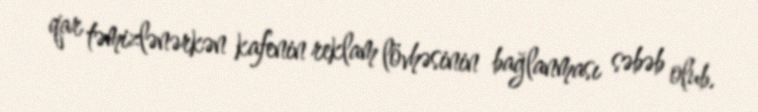
qar təmizlənərkən kafenin reklam lövhəsinin bağlanması səbəb olub.